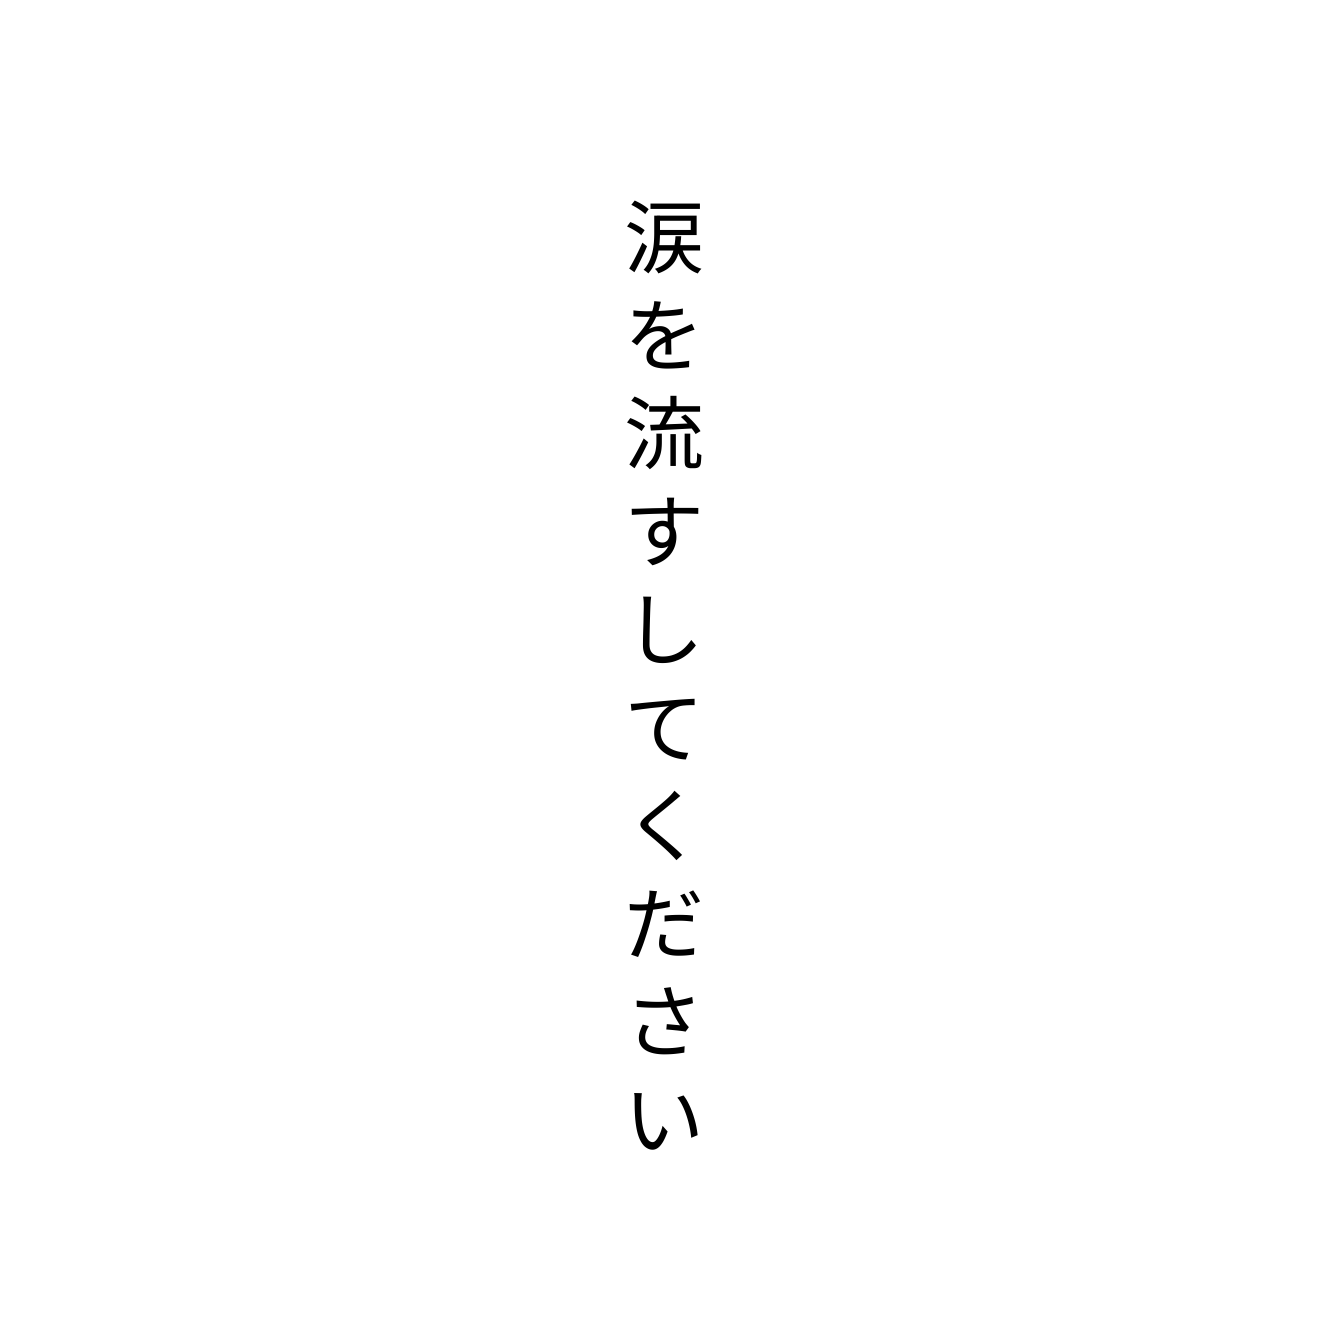
涙を流すしてください